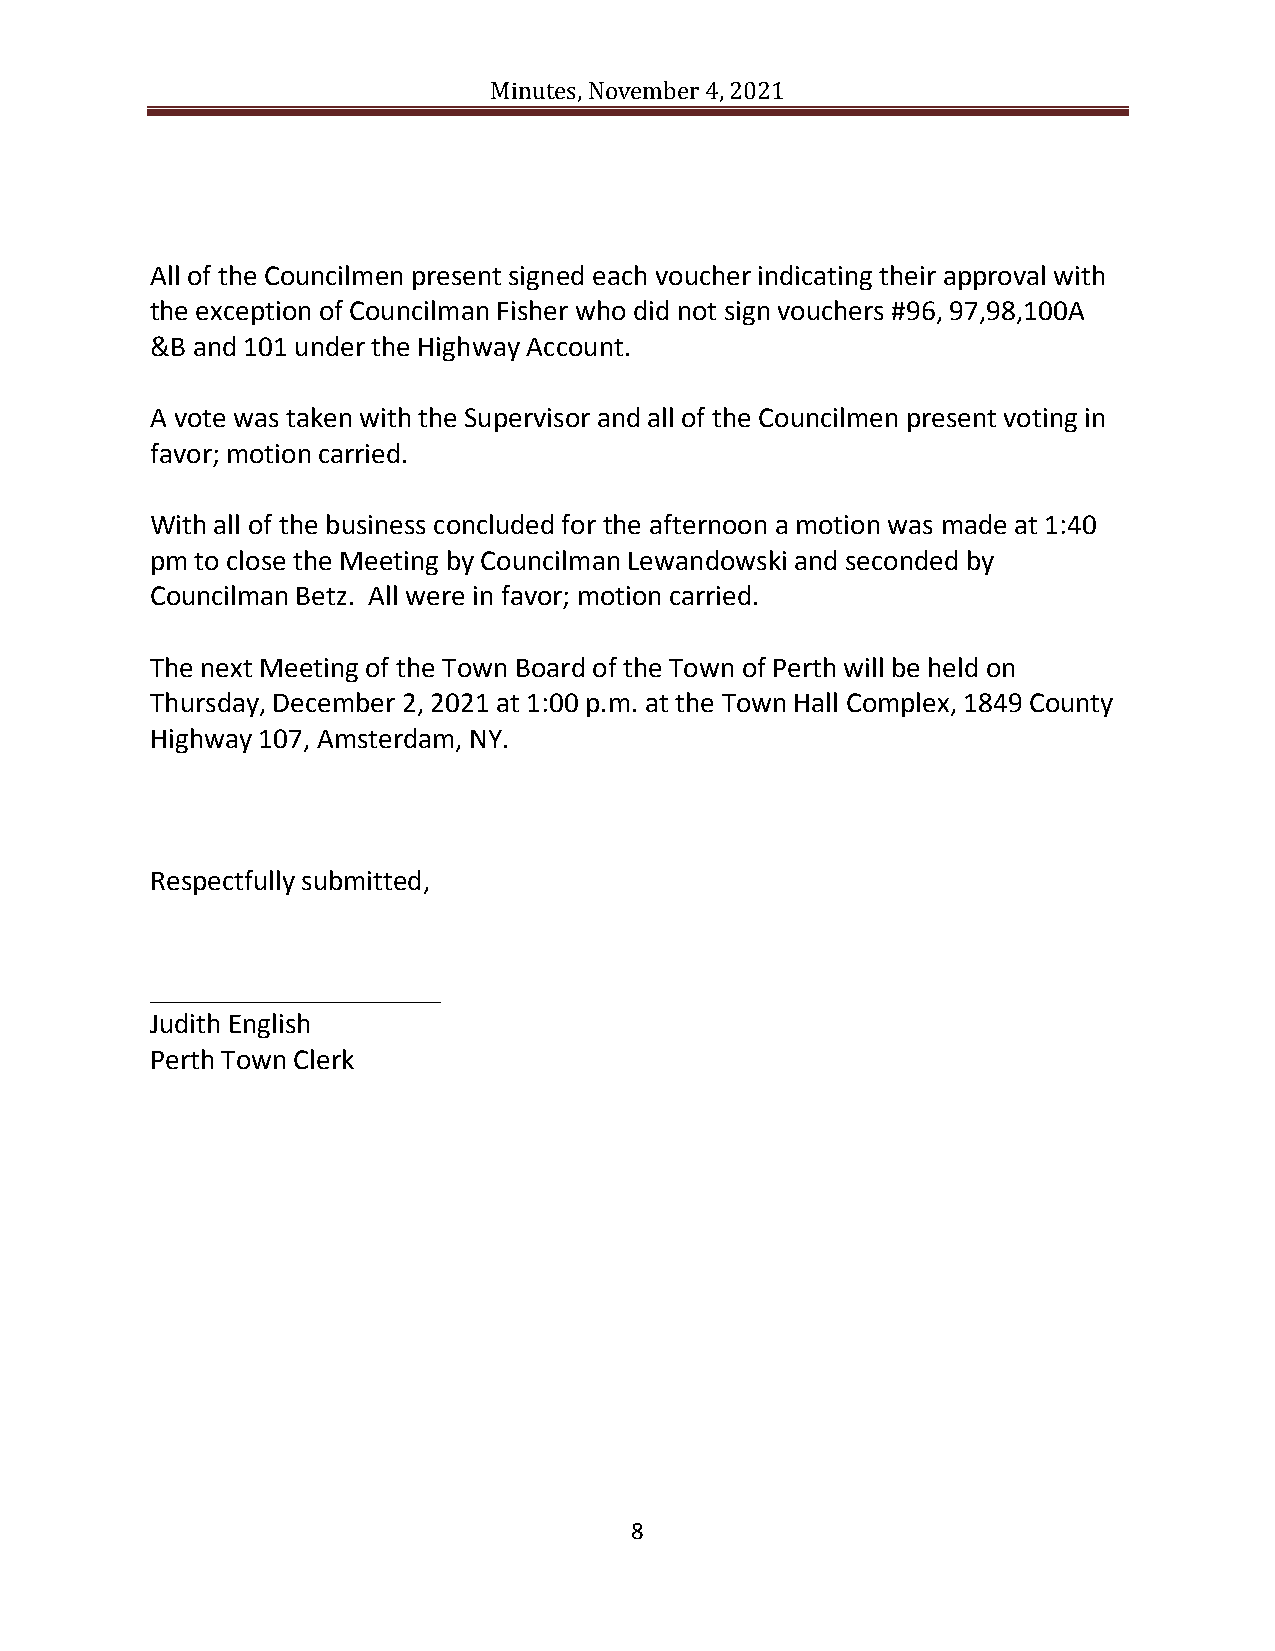
Minutes, November 4, 2021
 All of the Councilmen present signed each voucher indicating their approval with
 the exception of Councilman Fisher who did not sign vouchers #96, 97,98,100A
 &B and 101 under the Highway Account.
 A vote was taken with the Supervisor and all of the Councilmen present voting in
 favor; motion carried.
 With all of the business concluded for the afternoon a motion was made at 1:40
 pm to close the Meeting by Councilman Lewandowski and seconded by
 Councilman Betz. All were in favor; motion carried.
 The next Meeting of the Town Board of the Town of Perth will be held on
 Thursday, December 2, 2021 at 1:00 p.m. at the Town Hall Complex, 1849 County
 Highway 107, Amsterdam, NY.
 Respectfully submitted,
 ____________________
 Judith English
 Perth Town Clerk
 8